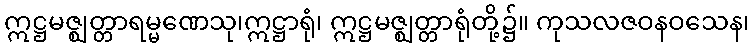
ဣဋ္ဌမဇ္ဈတ္တာရမ္မဏေသု၊ဣဋ္ဌာရုံ၊ ဣဋ္ဌမဇ္ဈတ္တာရုံတို့၌။ ကုသလဇဝနဝသေန၊